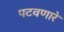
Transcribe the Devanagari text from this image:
पटवणारे